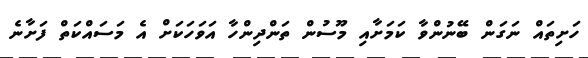
ހަށިތައް ނަގަން ބޭނުންވާ ކަމަށާއި މޫސުން ތަންދިންހާ އަވަހަކަށް އެ މަސައްކަތް ފަށާނެ